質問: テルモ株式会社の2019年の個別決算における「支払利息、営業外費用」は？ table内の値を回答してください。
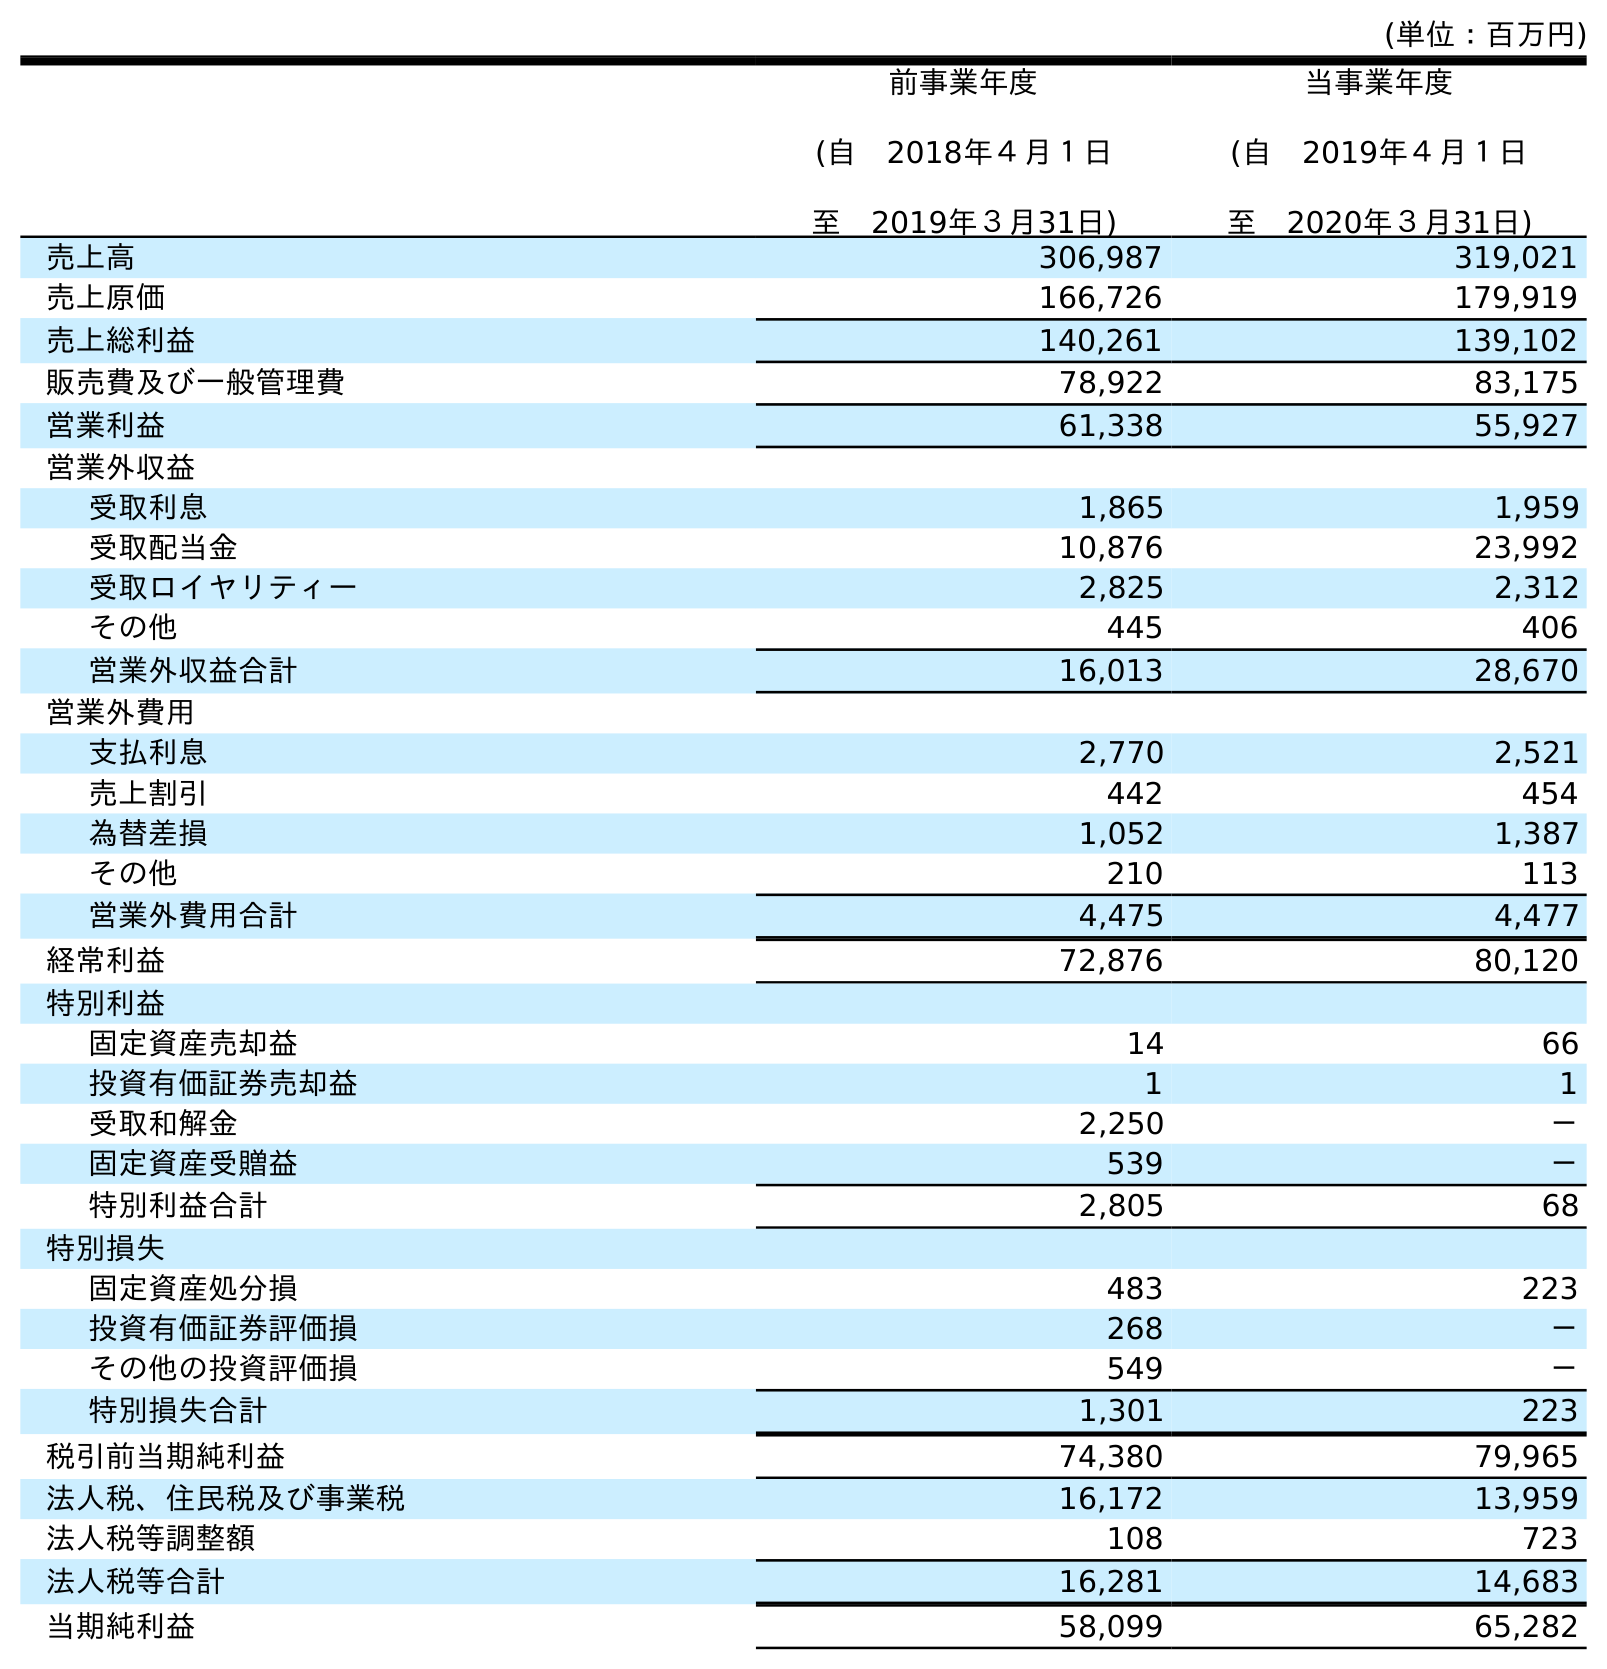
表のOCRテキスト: (単位：百万円) 前事業年度 (自 2018年４月１日 至 2019年３月31日) 当事業年度 (自 2019年４月１日 至 2020年３月31日) 売上高 306,987 319,021 売上原価 166,726 179,919 売上総利益 140,261 139,102 販売費及び一般管理費 78,922 83,175 営業利益 61,338 55,927 営業外収益 受取利息 1,865 1,959 受取配当金 10,876 23,992 受取ロイヤリティー 2,825 2,312 その他 445 406 営業外収益合計 16,013 28,670 営業外費用 支払利息 2,770 2,521 売上割引 442 454 為替差損 1,052 1,387 その他 210 113 営業外費用合計 4,475 4,477 経常利益 72,876 80,120 特別利益 固定資産売却益 14 66 投資有価証券売却益 1 1 受取和解金 2,250 － 固定資産受贈益 539 － 特別利益合計 2,805 68 特別損失 固定資産処分損 483 223 投資有価証券評価損 268 － その他の投資評価損 549 － 特別損失合計 1,301 223 税引前当期純利益 74,380 79,965 法人税、住民税及び事業税 16,172 13,959 法人税等調整額 108 723 法人税等合計 16,281 14,683 当期純利益 58,099 65,282
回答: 2,770